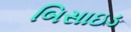
બિસાઇડ